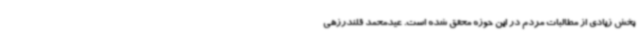
بخش زیادی از مطالبات مردم در این حوزه محقق شده است. عیدمحمد قلندرزهی